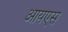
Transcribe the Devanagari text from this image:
आयएस